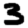
Digit: 3